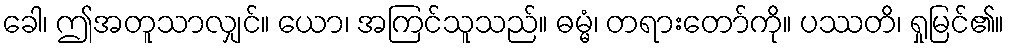
ခေါ၊ ဤအတူသာလျှင်။ ယော၊ အကြင်သူသည်။ ဓမ္မံ၊ တရားတော်ကို။ ပဿတိ၊ ရှုမြင်၏။